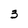
Character: 3